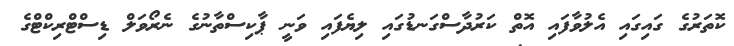
ކޮތަރުގެ ގައިގައި އެލުވާފައި އޮތް ކަރުދާސްގަނޑުގައި ލިޔެފައި ވަނީ ޕާކިސްތާނުގެ ނެރޯވަލް ޑިސްޓްރިކްޓްގެ